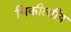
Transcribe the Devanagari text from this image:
चिकीत्सीय